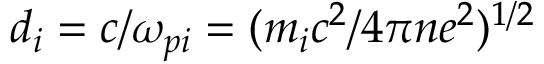
d _ { i } = c / \omega _ { p i } = ( m _ { i } c ^ { 2 } / 4 \pi n e ^ { 2 } ) ^ { 1 / 2 }